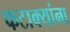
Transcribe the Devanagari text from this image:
फटाक्यांना